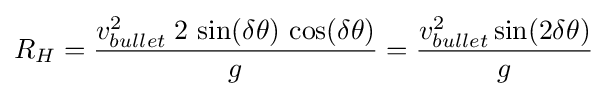
R_{H}={\frac {v_{bullet}^{2}\;2\,\sin(\delta \theta )\,\cos(\delta \theta )}{g}}={\frac {v_{bullet}^{2}\sin(2\delta \theta )}{g}}